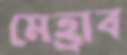
মেহ্রাব